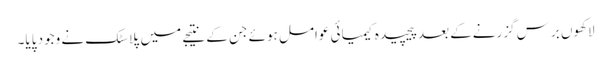
لاکھوں برس گزرنےکے بعد پیچیدہ کیمیائی عوامل ہوئے جن کے نتیجے میں پلاسٹک نے وجود پایا۔